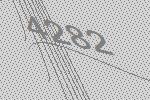
4282